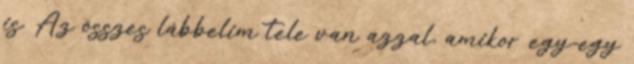
is. Az összes lábbelim tele van azzal, amikor egy-egy